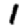
Digit: 1